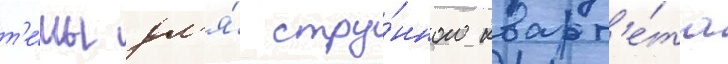
т'е́мы дл'я́ стру́нного кварт'е́та